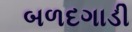
બળદગાડી